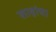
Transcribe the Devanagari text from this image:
शाहांचा